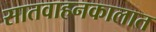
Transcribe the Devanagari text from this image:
सातवाहनकालात